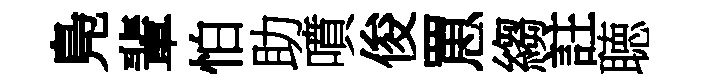
鳬輩怕助噴俊罳縐註聴